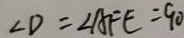
\angle D = \angle A F E = 9 0